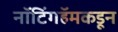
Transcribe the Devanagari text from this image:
नॉटिंगहॅमकडून